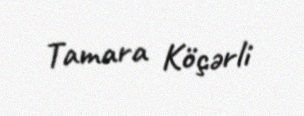
Tamara Köçərli